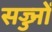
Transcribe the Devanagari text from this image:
सज्ज्नों